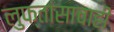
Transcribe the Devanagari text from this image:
लुफ्तांसाचाही